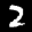
Label: 2